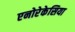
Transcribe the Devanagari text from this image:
एनोरेकेसिया